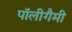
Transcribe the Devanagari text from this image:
पॉलीगैमी